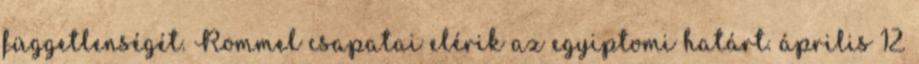
függetlenségét. Rommel csapatai elérik az egyiptomi határt. április 12.